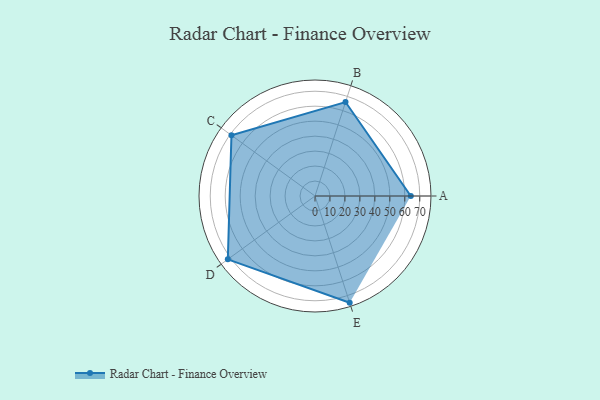
{"axis": {"x": "Skill", "y": "Score"}, "legend": ["Profile"], "data": [{"x": "A", "y": 64.0, "type": "Profile"}, {"x": "B", "y": 66.0, "type": "Profile"}, {"x": "C", "y": 69.0, "type": "Profile"}, {"x": "D", "y": 72.0, "type": "Profile"}, {"x": "E", "y": 75.0, "type": "Profile"}]}